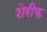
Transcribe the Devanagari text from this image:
शेरीफ़